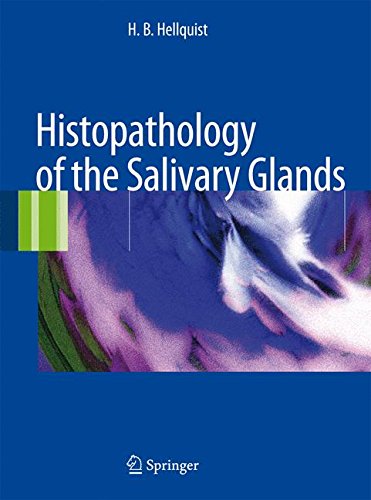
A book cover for Histopathology of the Salivary Glands; H.B. Hellquist; Medical Books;